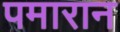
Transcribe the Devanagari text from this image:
पमारान